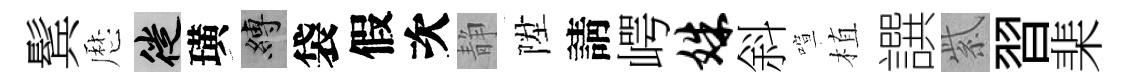
鬂厯徙璜縛袋假次静陞請崿姝斜喧植譔紫習棐